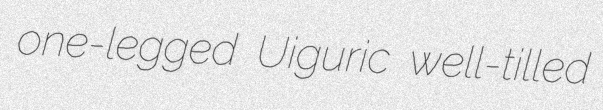
one-legged Uiguric well-tilled